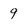
Character: 9